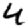
Digit: 4